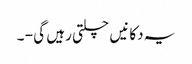
یہ دکانیں چلتی رہیں گی - ۔